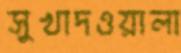
সুখাদওয়ালা